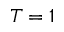
T = 1